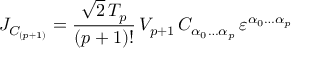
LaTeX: J _ { C _ { ( p + 1 ) } } = \frac { \sqrt { 2 } \, T _ { p } } { ( p + 1 ) ! } \, V _ { p + 1 } \, C _ { \alpha _ { 0 } \ldots \alpha _ { p } } \, \varepsilon ^ { \alpha _ { 0 } \ldots \alpha _ { p } }